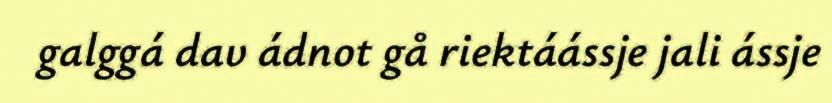
galggá dav ádnot gå riektáássje jali ássje